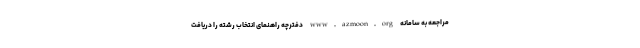
مراجعه به سامانه www.azmoon.org دفترچه راهنمای انتخاب رشته را دریافت